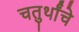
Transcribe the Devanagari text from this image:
चतुर्थांचे